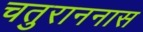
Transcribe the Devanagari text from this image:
चतुराननास